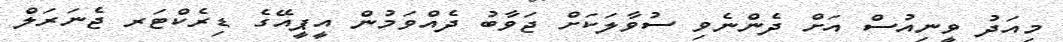
މިއަދު ވީނިއުސް އަށް ދެންނެވި ސުވާލަކަށް ޖަވާބު ދެއްވަމުން އީޕީއޭގެ ޑިރެކްޓަރ ޖެނަރަލް